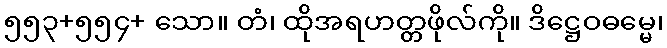
၅၅၃+၅၅၄+ သော။ တံ၊ ထိုအရဟတ္တဖိုလ်ကို။ ဒိဋ္ဌေဝဓမ္မေ၊